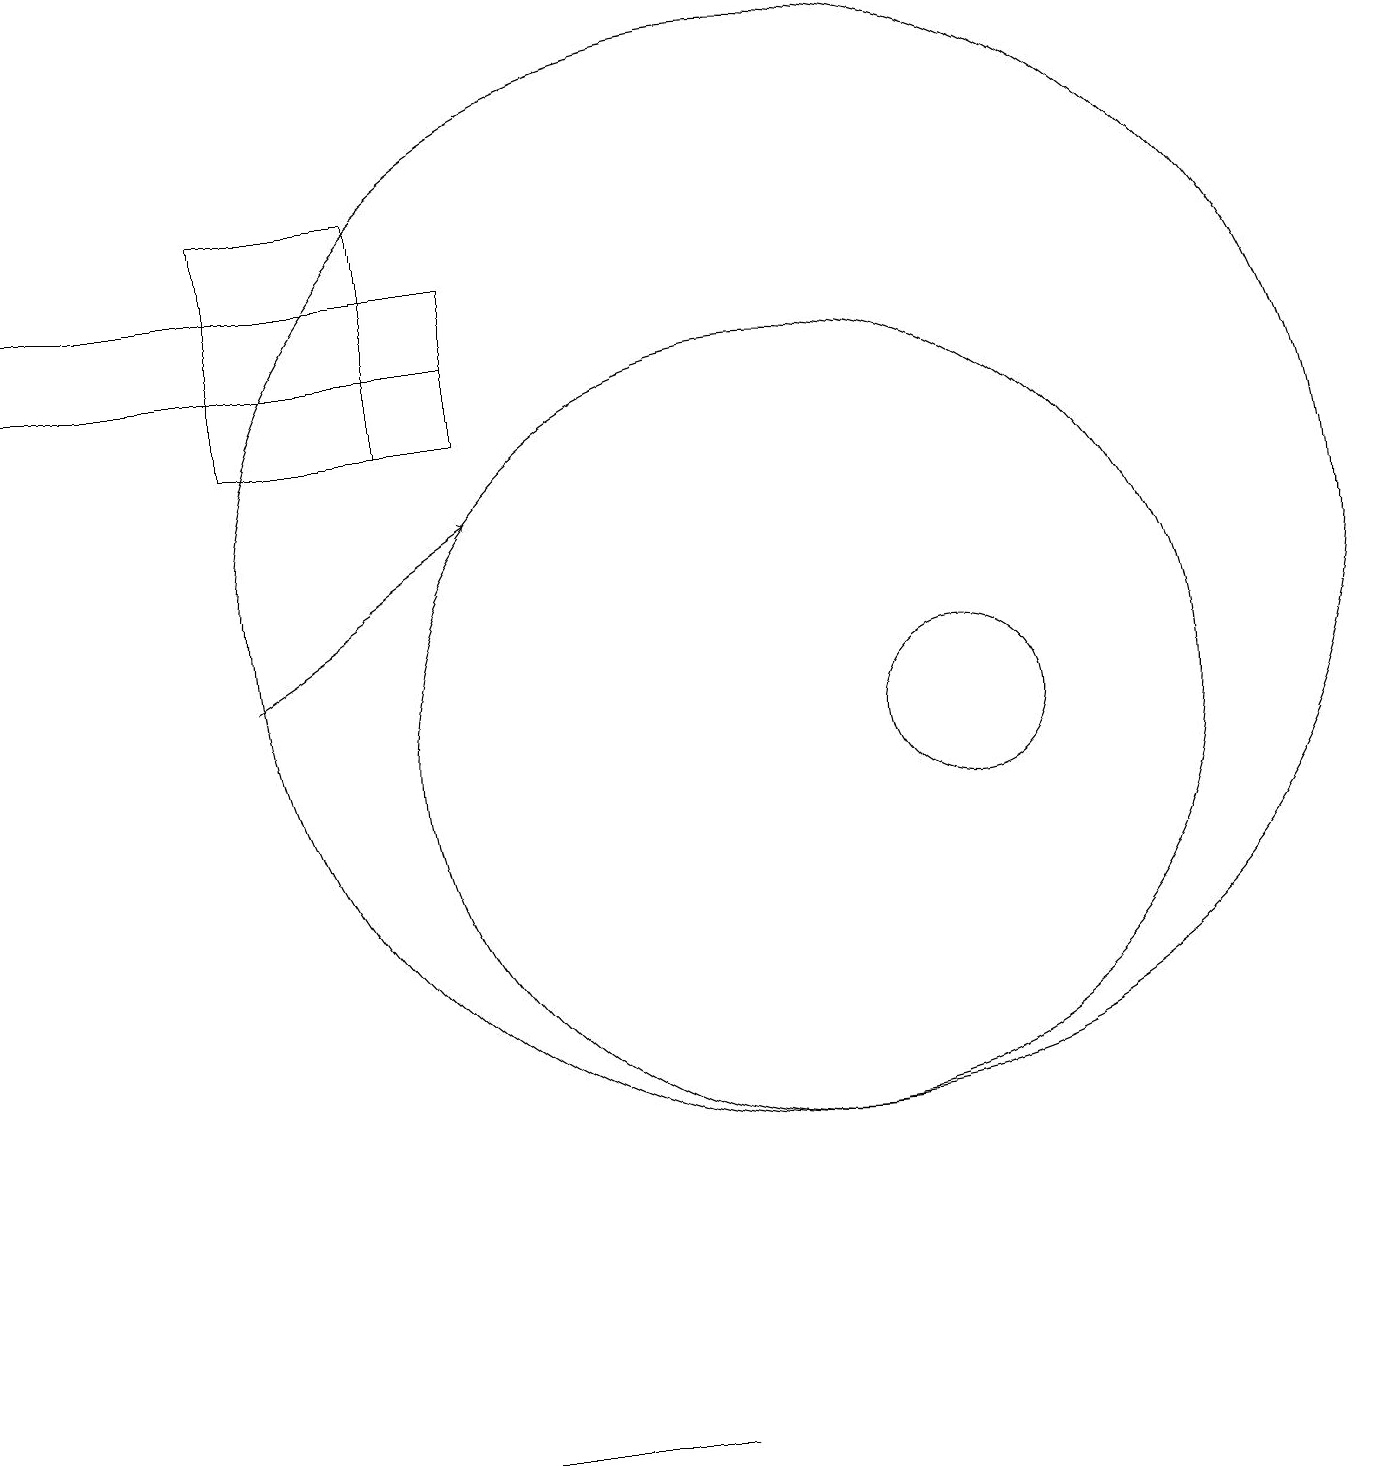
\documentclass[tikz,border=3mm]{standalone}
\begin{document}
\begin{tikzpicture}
\draw (10,12) circle (7);
\draw (3,17) rectangle (5,14);
\draw[->] (3,11) -- (6,13);
\draw (0,15) rectangle (6,16);
\draw (12,10) circle (1);
\draw (3,14) rectangle (6,16);
\draw (10,10) circle (5);
\draw (8,1) -- (1,1) -- (8,1) -- cycle;
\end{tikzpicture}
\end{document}